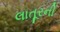
લાતૂરની